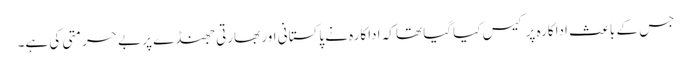
جس کے باعث اداکارہ پر کیس کیا گیا تھا کہ اداکارہ نے پاکستانی اور بھارتی جھنڈے پر بے حرمتی کی ہے۔